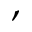
,